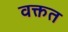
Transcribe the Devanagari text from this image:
वक्तत